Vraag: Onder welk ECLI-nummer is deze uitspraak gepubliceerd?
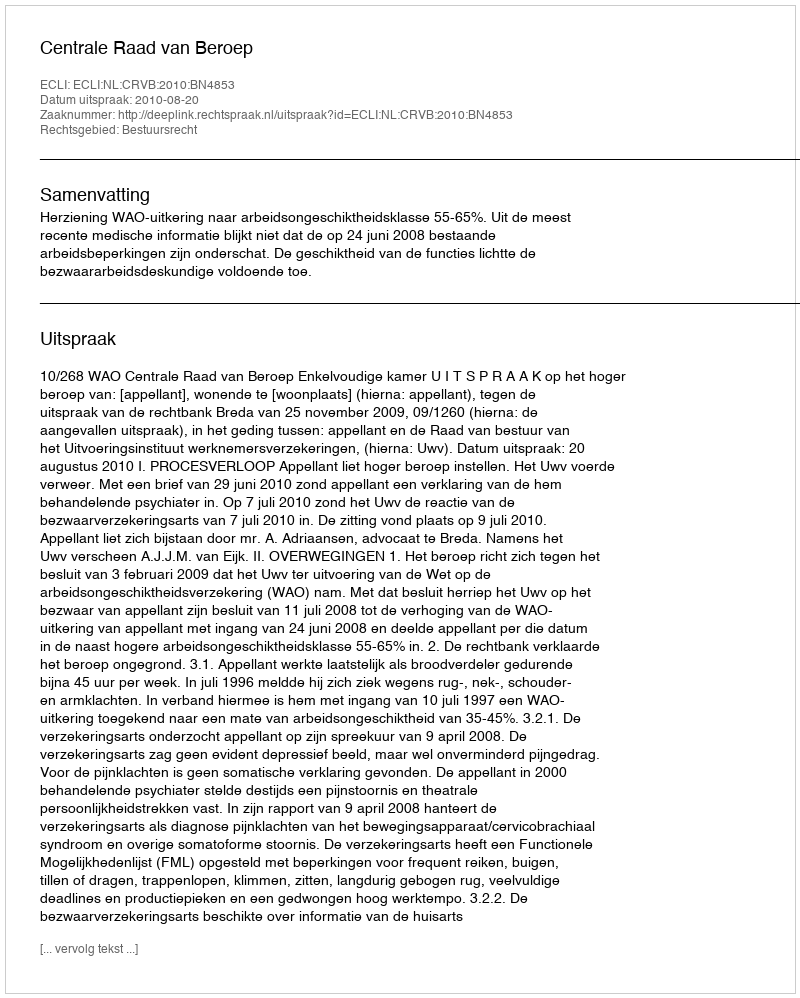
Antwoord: ECLI:NL:CRVB:2010:BN4853